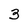
Character: 3